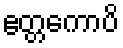
ဧတ္တကောပိ